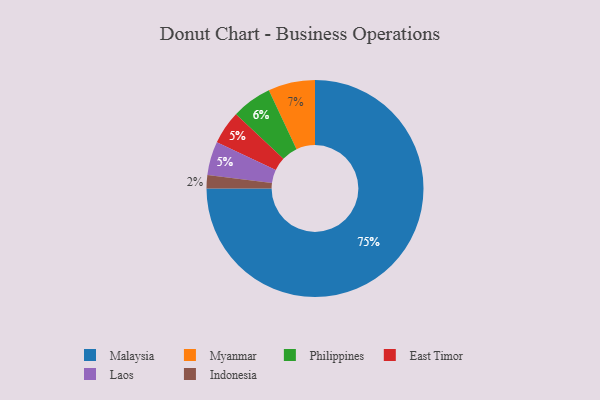
{"axis": {"x": "Category", "y": "Percentage"}, "legend": ["East Timor", "Indonesia", "Laos", "Malaysia", "Myanmar", "Philippines"], "data": [{"x": "Malaysia", "y": 75, "type": "Malaysia"}, {"x": "Philippines", "y": 6, "type": "Philippines"}, {"x": "Indonesia", "y": 2, "type": "Indonesia"}, {"x": "Myanmar", "y": 7, "type": "Myanmar"}, {"x": "East Timor", "y": 5, "type": "East Timor"}, {"x": "Laos", "y": 5, "type": "Laos"}]}